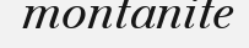
montanite